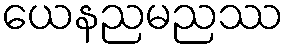
ယေနညမညဿ